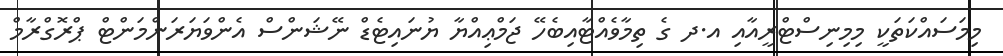
މިމަސައްކަތަކީ މިމިނިސްޓްރީއާއި އ.ދ ގެ ތިމާވެއްޓާއިބެހޭ ޖަމްޢިއްޔާ ޔުނައިޓެޑް ނޭޝަންސް އެންވަޔަރަންމަންޓް ޕްރޮގްރާމް